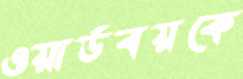
ওয়ার্ডবয়কে